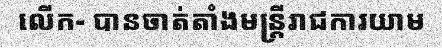
លើក- បានចាត់តាំងមន្ត្រីរាជការយាម